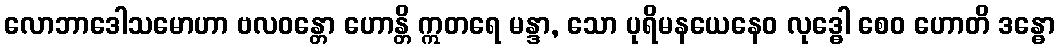
လောဘာဒေါသမောဟာ ဗလဝန္တော ဟောန္တိ ဣတရေ မန္ဒာ, သော ပုရိမနယေနေဝ လုဒ္ဓေါ စေဝ ဟောတိ ဒန္ဓော